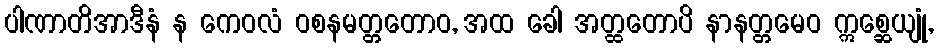
ပါဏာတိအာဒီနံ န ကေဝလံ ဝစနမတ္တတောဝ, အထ ခေါ အတ္ထတောပိ နာနတ္တမေဝ ဣစ္ဆေယျုံ,